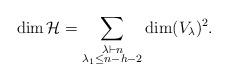
LaTeX: \begin{align*}\dim \mathcal{H} = \sum_{\substack{\lambda \vdash n \\ \lambda_1 \leq n - h - 2}} \dim(V_\lambda)^2.\end{align*}